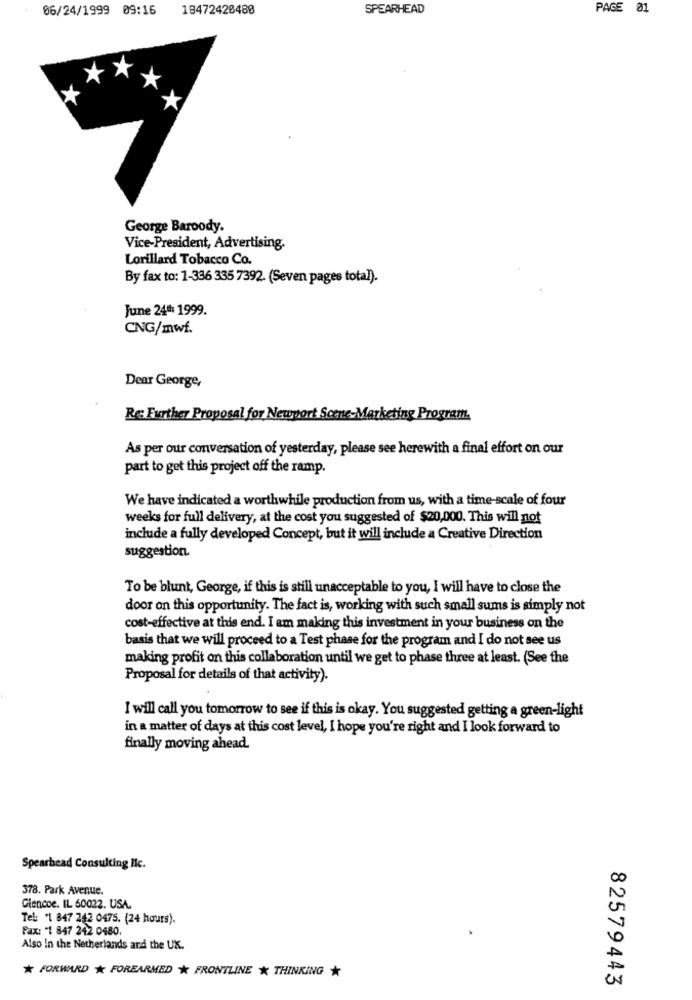
06/24/1999 09:16
18472420488
SPEARHEAD
PAGE 01
George Baroody.
Vice-President, Advertising.
Lorillard Tobacco Co.
By fax to: 1-336 335 7392. (Seven pages total).
June 24ª 1999.
CNG/mwf.
Dear George,
Re: Further Proposal for Newport Scene-Marketing Program.
As per our conversation of yesterday, please see herewith a final effort on our
part to get this project off the ramp.
We have indicated a worthwhile production from us, with a time-scale of four
weeks for full delivery, at the cost you suggested of $20,000. This will not
include a fully developed Concept, but it will include a Creative Direction
suggestion.
To be blunt, George, if this is still unacceptable to you, I will have to close the
door on this opportunity. The fact is, working with such small sums is simply not
cost-effective at this end. I am making this investment in your business on the
basis that we will proceed to a Test phase for the program and I do not see us
making profit on this collaboration until we get to phase three at least. (See the
Proposal for details of that activity).
I will call you tomorrow to see if this is okay. You suggested getting a green-light
in a matter of days at this cost level, I hope you're right and I look forward to
finally moving ahead.
Spearhead Consulting Ilc.
378. Park Avenue.
Glencoe. IL 60022. USA.
Tel: +1 847 242 0475. (24 hours).
Fax: "1 847 242 0480,
Also In the Netherlands and the UX.
* FORWARD * FOREARMED * FRONTLINE * THINKING *
82579443